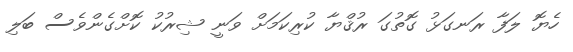
ހެޔޮ ލަފާ ރަނގަޅު ގޮތުގަ ރުޤްޔާ ކުރިކަމަށް ވަނީ ޝިރުކު ކޮށްގެންވެސް ބަލި